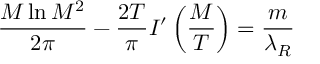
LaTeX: \frac { M \ln M ^ { 2 } } { 2 \pi } - { \frac { 2 T } { \pi } } I ^ { \prime } \left( \frac { M } { T } \right) = \frac { m } { \lambda _ { R } }